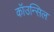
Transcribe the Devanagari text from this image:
कॉउन्सिल